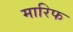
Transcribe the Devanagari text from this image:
मारिफ